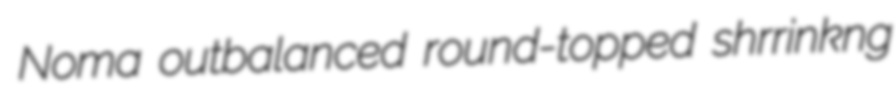
Noma outbalanced round-topped shrrinkng